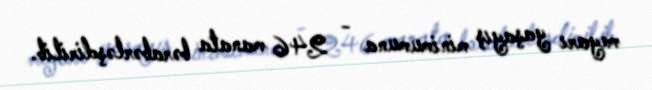
meyarı yaşayış minimumuna - 246 manata bərabərləşdirilib.